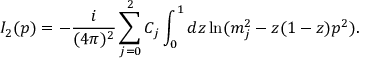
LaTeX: I _ { 2 } ( p ) = - \frac i { ( 4 \pi ) ^ { 2 } } \sum _ { j = 0 } ^ { 2 } C _ { j } \int _ { 0 } ^ { 1 } d z \ln ( m _ { j } ^ { 2 } - z ( 1 - z ) p ^ { 2 } ) .